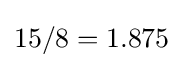
15/8=1.875